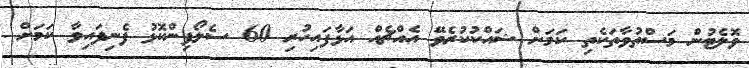
ވޮލެޓުން މަސްތުވާތަކެތި ކަމަށް ޝައްކުކުރެވޭ އެއްޗެއް އަޅާފައިހުރި 60 ސެލޯފިންކޮޅުު ފެނިފައިވާ ކަަމަށް